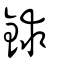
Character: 銶